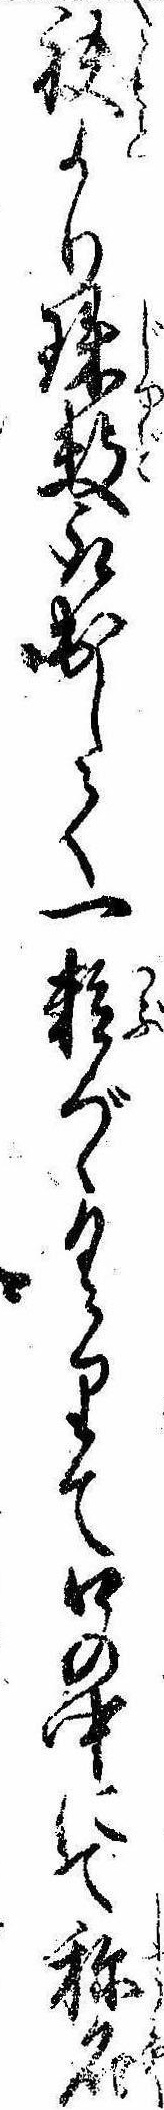
袂より珠数取出して一粒づゝくりて口の中にて称名